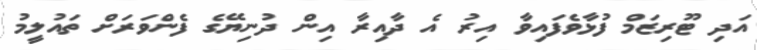
އަދި ޓޫރިޒަމް ފުޅާވެފައިވާ އިރު އެ ދާއިރާ އިން ދުނިޔޭގެ ފެންވަރަށް ތައުލީމު